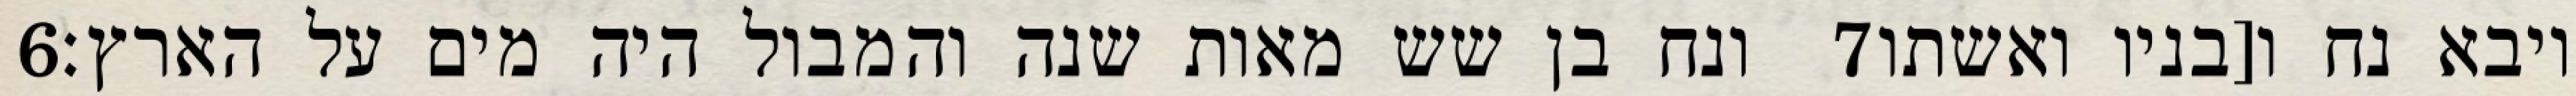
‎6‏ ונח בן שש מאות שנה והמבול היה מים על הארץ׃ ‎7‏ ויבא נח ו[בניו ואשתו